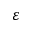
\varepsilon